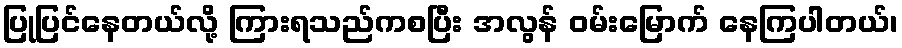
ပြုပြင်နေတယ်လို့ ကြားရသည်ကစပြီး အလွန် ဝမ်းမြောက် နေကြပါတယ်၊